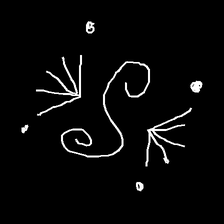
Glyph: aeroform